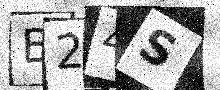
Text: B24S